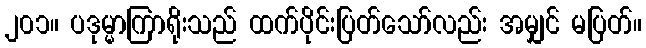
၂၀၁။ ပဒုမ္မာကြာရိုးသည် ထက်ပိုင်းပြတ်သော်လည်း အမျှင် မပြတ်။